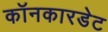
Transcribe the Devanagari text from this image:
कॉनकारडेट